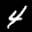
Label: 4